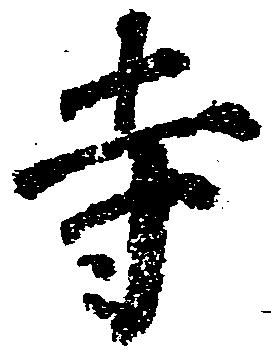
寺